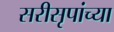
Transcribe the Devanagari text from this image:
सरीसृपांच्या